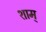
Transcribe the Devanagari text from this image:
शाम्